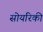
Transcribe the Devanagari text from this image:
सोयरिकी